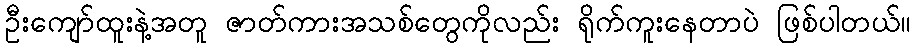
ဦးကျော်ထူးနဲ့အတူ ဇာတ်ကားအသစ်တွေကိုလည်း ရိုက်ကူးနေတာပဲ ဖြစ်ပါတယ်။